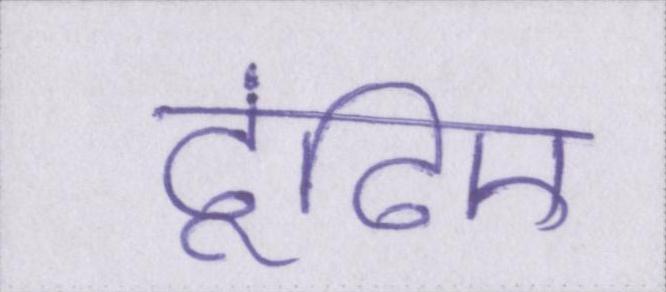
ढूंढिए